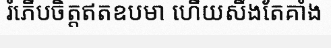
រំភើបចិត្តឥតឧបមា ហើយសឹងតែគាំង